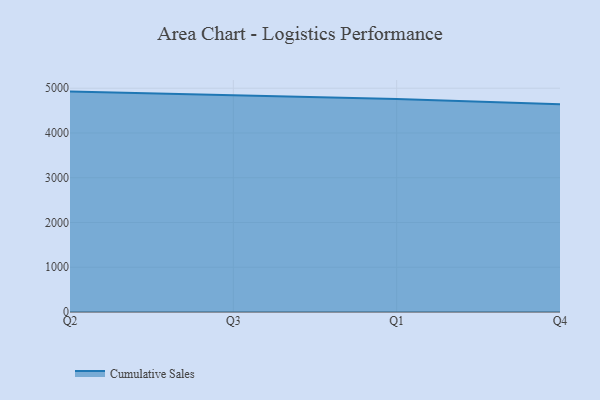
{"axis": {"x": "Quarter", "y": "Shipments"}, "legend": ["Cumulative Sales"], "data": [{"x": "Q2", "y": 4924.2, "type": "Cumulative Sales"}, {"x": "Q3", "y": 4845.2, "type": "Cumulative Sales"}, {"x": "Q1", "y": 4756.1, "type": "Cumulative Sales"}, {"x": "Q4", "y": 4642.7, "type": "Cumulative Sales"}]}